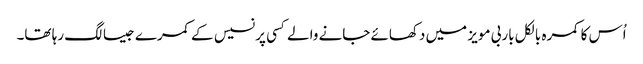
اُس کا کمرہ بالکل باربی مویز میں دکھائے جانے والے کسی پرنسیس کے کمرے جیسا لگ رہا تھا۔